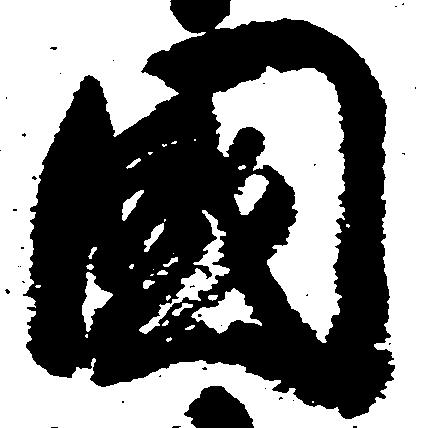
国